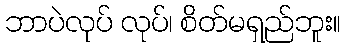
ဘာပဲလုပ် လုပ်၊ စိတ်မရှည်ဘူး။